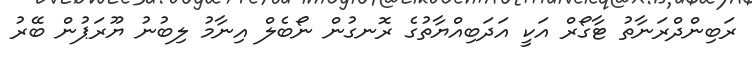
ރަބިންދްރަނާތު ޓާގޯރް އަކީ އަދަބިއްޔާތުގެ ރޮނގުން ނޯބެލް އިނާމު ލިބުނު ޔޫރަޕުން ބޭރު